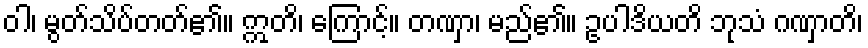
ဝါ၊ မွတ်သိပ်တတ်၏။ ဣတိ၊ ကြောင့်။ တဏှာ၊ မည်၏။ ဥပါဒိယတိ ဘုသံ ဂဏှာတိ၊